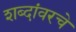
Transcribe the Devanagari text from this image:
शब्दांवरचे